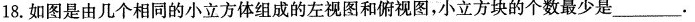
18.如图是由几个相同的小立方体组成的左视图和俯视图，小立方块的个数最少是____